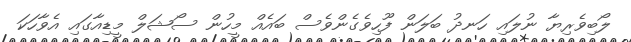
ލޯބިވެރިޔާ ނުލައި ހަނދު ބަލަން ފޫހިވެގެންވެސް ބައެއް މީހުން ސޯޝަލް މީޑިއާގައި އެވާހަކަ